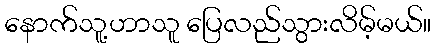
နောက်သူ့ဟာသူ ပြေလည်သွားလိမ့်မယ်။